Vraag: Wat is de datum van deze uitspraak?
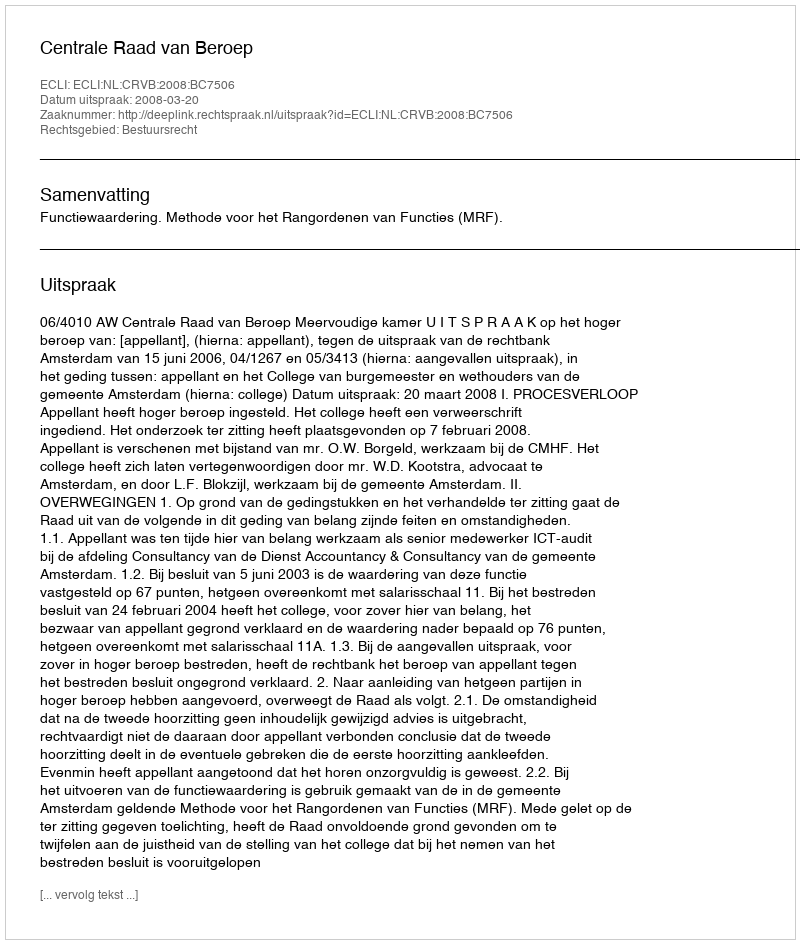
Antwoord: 2008-03-20